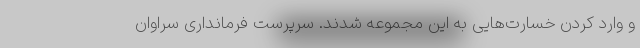
و وارد کردن خسارت‌هایی به این مجموعه شدند. سرپرست فرمانداری سراوان